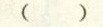
( )